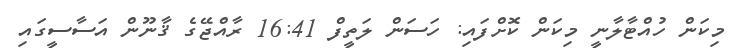
މިކަން ހުއްޓާލާނީ މިކަން ކޮށްފައި: ހަސަން ލަތީފް 16:41 ރާއްޖޭގެ ޤާނޫން އަސާސީގައި